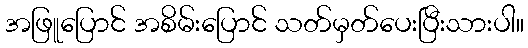
အဖြူပြောင် အစိမ်းပြောင် သတ်မှတ်ပေးပြီးသားပါ။